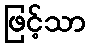
ဖြင့်သာ